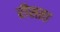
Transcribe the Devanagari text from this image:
रीसता